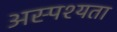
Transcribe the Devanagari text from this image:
अस्पश्यता